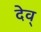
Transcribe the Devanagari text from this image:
देव्